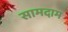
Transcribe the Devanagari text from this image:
सामदाम